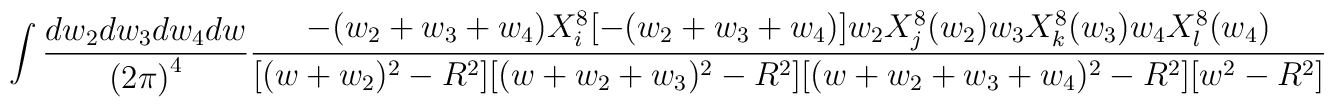
\int \frac{dw_2 dw_3 dw_4 dw}{{(2\pi)}^4} \frac{-(w_2+w_3+w_4) X_i^8[-(w_2+w_3+w_4)]w_2 X_j^8(w_2) w_3 X_k^8(w_3) w_4 X_l^8(w_4)}{ [(w+w_2)^2-R^2][(w+w_2+w_3)^2-R^2][(w+w_2+w_3+w_4)^2-R^2][w^2-R^2]}